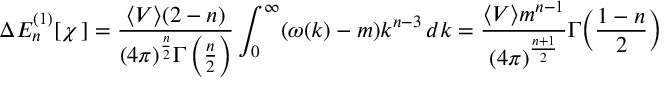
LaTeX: \Delta E _ { n } ^ { ( 1 ) } [ \chi \, ] = \frac { \langle V \rangle ( 2 - n ) } { ( 4 \pi ) ^ { \frac { n } { 2 } } \Gamma \left( \frac { n } { 2 } \right) } \int _ { 0 } ^ { \infty } ( \omega ( k ) - m ) k ^ { n - 3 } \, d k = \frac { \langle V \rangle m ^ { n - 1 } } { ( 4 \pi ) ^ { \frac { n + 1 } { 2 } } } \Gamma \Bigl ( \frac { 1 - n } { 2 } \Bigr )